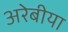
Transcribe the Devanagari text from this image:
अरेबीया